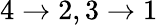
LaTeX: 4\to 2,3\to 1